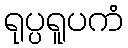
ရုပ္ပရူပကံ